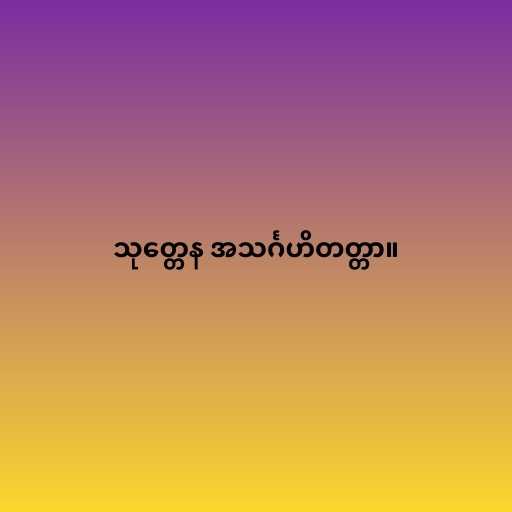
သုတ္တေန အသင်္ဂဟိတတ္တာ။